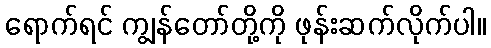
ရောက်ရင် ကျွန်တော်တို့ကို ဖုန်းဆက်လိုက်ပါ။